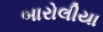
બારોલીયા